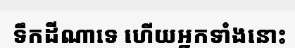
ទឹកដីណាទេ ហើយអ្នកទាំងនោះ